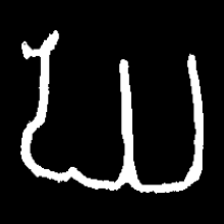
Pyu character \u2014 Myanmar letter: ဃ (romanized: gha)